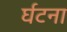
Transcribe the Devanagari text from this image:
र्घटना